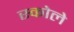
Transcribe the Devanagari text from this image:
स्कोले